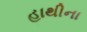
હાથીના